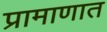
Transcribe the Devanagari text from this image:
प्रामाणात